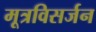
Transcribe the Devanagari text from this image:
मूत्रविसर्जन